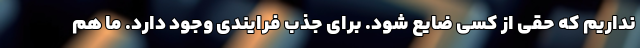
نداریم که حقی از کسی ضایع شود. برای جذب فرایندی وجود دارد. ما هم